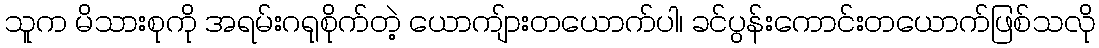
သူက မိသားစုကို အရမ်းဂရုစိုက်တဲ့ ယောကျ်ားတယောက်ပါ၊ ခင်ပွန်းကောင်းတယောက်ဖြစ်သလို